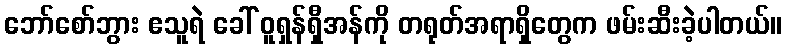
ဘော်စော်ဘွား ဧသူရဲ ခေါ် ဝူရှန်ရှီအန်ကို တရုတ်အရာရှိတွေက ဖမ်းဆီးခဲ့ပါတယ်။